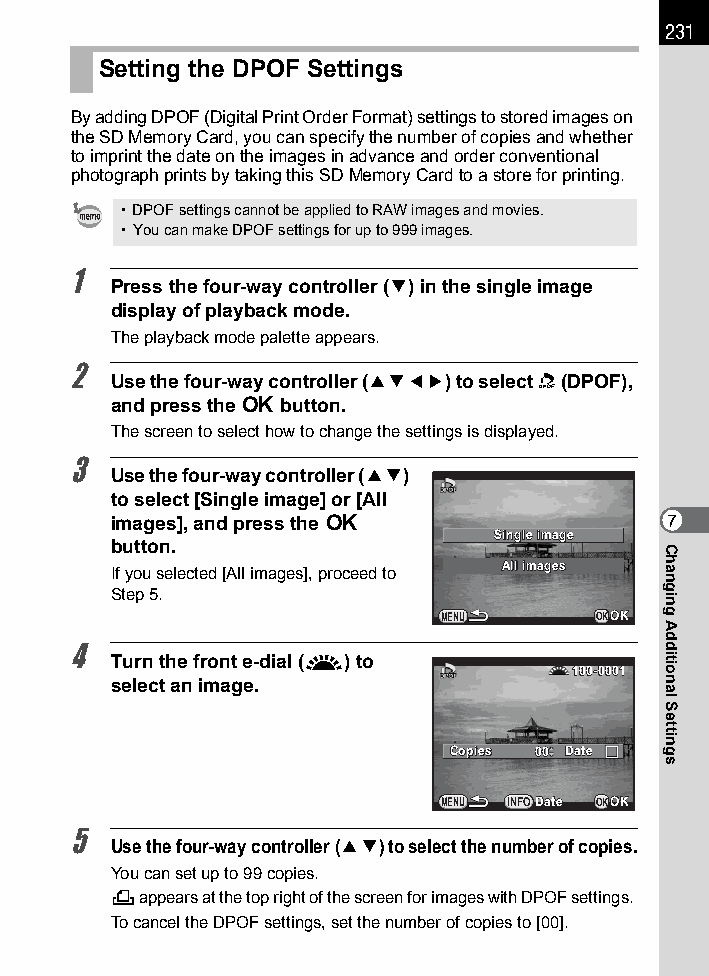
231
 Setting the DPOF Settings
 By adding DPOF (Digital Print Order Format) settings to stored images on
 the SD Memory Card, you can specify the number of copies and whether
 to imprint the date on the images in advance and order conventional
 photograph prints by taking this SD Memory Card to a store for printing.
 • DPOF settings cannot be applied to RAW images and movies.
 • You can make DPOF settings for up to 999 images.
 1
 Press the four-way controller (3) in the single image
 display of playback mode.
 The playback mode palette appears.
 2
 Use the four-way controller (2345) to select r (DPOF),
 and press the 4 button.
 The screen to select how to change the settings is displayed.
 3
 Use the four-way controller (23)
 to select [Single image] or [All
 images], and press the 4             7
 SSiinnggllee iimmaaggee
 button.
 If you selected [All images], proceed to AAllll iimmaaggeess
 Step 5.
 MENU      OKOOKK
 4
 Turn the front e-dial (R) to
 110000--00000011
 select an image.
 CCooppiieess 0000 DDaattee
 MENU INFODDaattee OKOOKK
 5
 Use the four-way controller (23) to select the number of copies.
 You can set up to 99 copies.
 K appears at the top right of the screen for images with DPOF settings.
 To cancel the DPOF settings, set the number of copies to [00].
 Changing
 Additional
 Settings